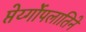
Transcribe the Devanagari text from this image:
प्तेर्य्गोपलातिने